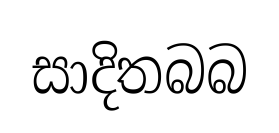
සාදිතබබ